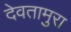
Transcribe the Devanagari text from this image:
देवतामुरा